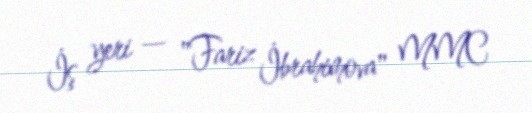
İş yeri — "Fariz İbrahimova" MMC